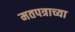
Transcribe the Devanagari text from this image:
मतपत्राच्या